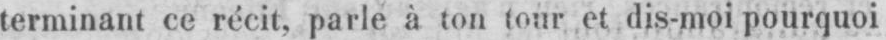
terminant ce récit, parle à ton tour et dis-moi pourquoi